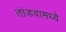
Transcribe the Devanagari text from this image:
तांडवामध्ये